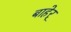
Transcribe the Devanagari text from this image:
बाहेर्